Indian journal of veterinary science and animal husbandry - Volume 2,
Year: 1932
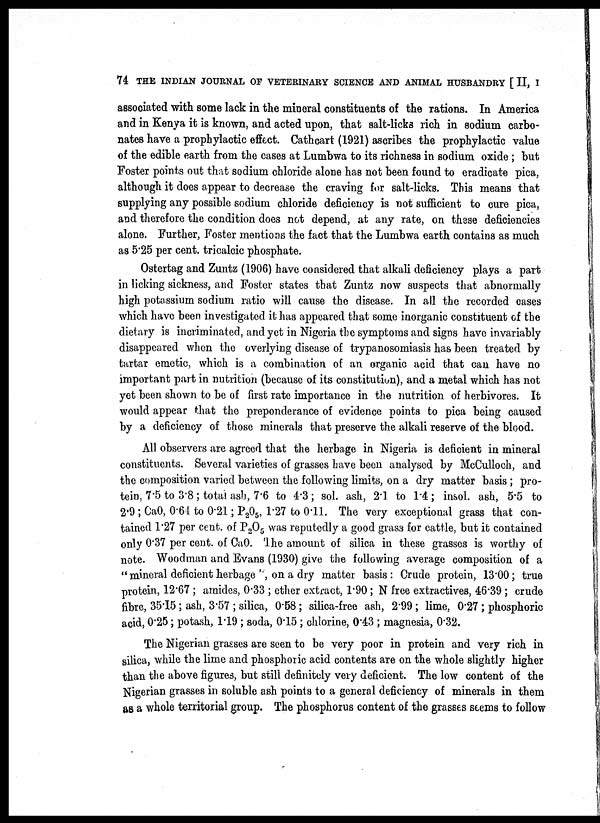
74 THE INDIAN JOURNAL OF VETERINARY SCIENCE AND ANIMAL HUSBANDRY [ II, I
associated with some lack in the mineral constituents of the rations. In America
and in Kenya it is known, and acted upon, that salt-licks rich in sodium carbo-
nates have a prophylactic effect. Cathcart (1921) ascribes the prophylactic value
of the edible earth from the cases at Lumbwa to its richness in sodium oxide; but
Foster points out that sodium chloride alone has not been found to eradicate pica,
although it does appear to decrease the craving for salt-licks. This means that
supplying any possible sodium chloride deficiency is not sufficient to cure pica,
and therefore the condition does not depend, at any rate, on these deficiencies
alone. Further, Foster mentions the fact that the Lumbwa earth contains as much
as 5.25 per cent. tricalcic phosphate.
Ostertag and Zuntz (1906) have considered that alkali deficiency plays a part
in licking sickness, and Foster states that Zuntz now suspects that abnormally
high potassium sodium ratio will cause the disease. In all the recorded cases
which have been investigated it has appeared that some inorganic constituent of the
dietary is incriminated, and yet in Nigeria the symptoms and signs have invariably
disappeared when the overlying disease of trypanosomiasis has been treated by
tartar emetic, which is a combination of an organic acid that can have no
important part in nutrition (because of its constitution), and a metal which has not
yet been shown to be of first rate importance in the nutrition of herbivores. It
would appear that the preponderance of evidence points to pica being caused
by a deficiency of those minerals that preserve the alkali reserve of the blood.
All observers are agreed that the herbage in Nigeria is deficient in mineral
constituents. Several varieties of grasses have been analysed by McCulloch, and
the composition varied between the following limits, on a dry matter basis; pro-
tein, 7.5 to 3.8; total ash, 7.6 to 4.3; sol. ash, 2.1. to 1.4; insol. ash, 5.5 to
2.9 ; CaO, 0.64 to 0.21; P 2 O 5 , 1.27 to 0.11. The very exceptional grass that con-
tained 1.27 per cent. of P 2 O 5 was reputedly a good grass for cattle, but it contained
only 0.37 per cent. of CaO. The amount of silica in these grasses is worthy of
note. Woodman and Evans (1930) give the following average composition of a
"mineral deficient herbage'', on a dry matter basis: Crude protein, 13.00; true
protein, 12.67 ; amides, 0.33 ; ether extract, 1.90; N free extractives, 46.39 ; crude
fibre, 35.15; ash, 3.57 ; silica, 0.58; silica-free ash, 2.99; lime, 0.27; phosphoric
acid, 0.25; potash, 1.19 ; soda, 0.15; chlorine, 0.43 ; magnesia, 0.32.
The Nigerian grasses are seen to be very poor in protein and very rich in
silica, while the lime and phosphoric acid contents are on the whole slightly higher
than the above figures, but still definitely very deficient. The low content of the
Nigerian grasses in soluble ash points to a general deficiency of minerals in them
as a whole territorial group. The phosphorus content of the grasses seems to follow